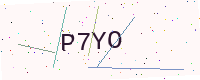
Text: P7YO